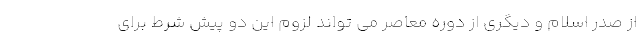
از صدر اسلام و دیگری از دوره معاصر می تواند لزوم این دو پیش شرط برای